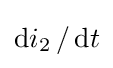
{\text{d}}i_{2}\,/\,{\text{d}}t